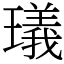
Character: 㼁